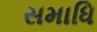
સમાધિ